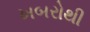
ખબરોથી